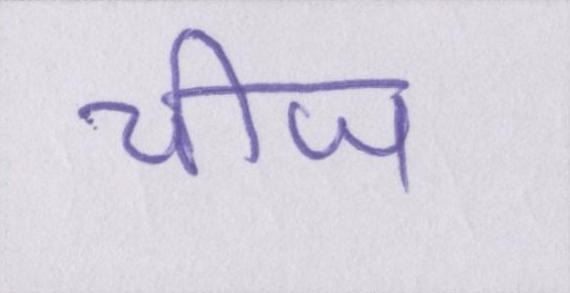
चीज